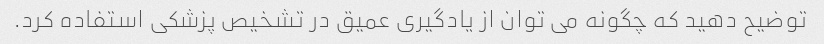
توضیح دهید که چگونه می توان از یادگیری عمیق در تشخیص پزشکی استفاده کرد.